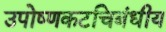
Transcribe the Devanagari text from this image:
उपोष्णकटचिबंधीय